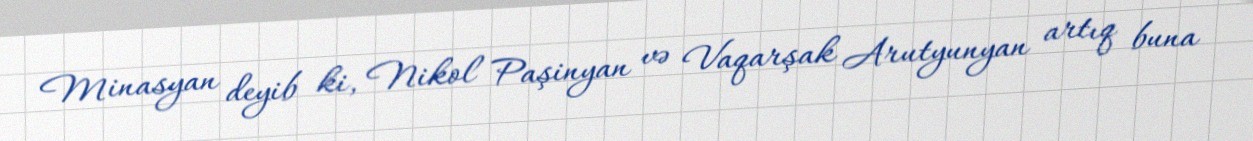
Minasyan deyib ki, Nikol Paşinyan və Vaqarşak Arutyunyan artıq buna